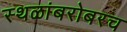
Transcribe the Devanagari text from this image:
स्थळांबरोबरच